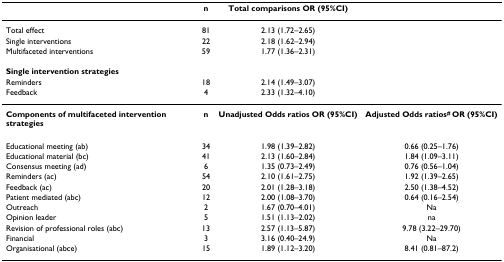
<table><thead><tr><td></td><td><b>n</b></td><td><b>Total comparisons OR (95%CI)</b></td><td></td></tr></thead><tbody><tr><td>Total effect</td><td>81</td><td>2.13 (1.72–2.65)</td><td></td></tr><tr><td>Single interventions</td><td>22</td><td>2.18 (1.62–2.94)</td><td></td></tr><tr><td>Multifaceted interventions</td><td>59</td><td>1.77 (1.36–2.31)</td><td></td></tr><tr><td><b>Single intervention strategies</b></td><td></td><td></td><td></td></tr><tr><td>Reminders</td><td>18</td><td>2.14 (1.49–3.07)</td><td></td></tr><tr><td>Feedback</td><td>4</td><td>2.33 (1.32–4.10)</td><td></td></tr><tr><td><b>Components of multifaceted intervention strategies</b></td><td><b>n</b></td><td><b>Unadjusted Odds ratios OR (95%CI)</b></td><td><b>Adjusted Odds ratios<sup># </sup>OR (95%CI)</b></td></tr><tr><td>Educational meeting (ab)</td><td>34</td><td>1.98 (1.39–2.82)</td><td>0.66 (0.25–1.76)</td></tr><tr><td>Educational material (bc)</td><td>41</td><td>2.13 (1.60–2.84)</td><td>1.84 (1.09–3.11)</td></tr><tr><td>Consensus meeting (ad)</td><td>6</td><td>1.35 (0.73–2.49)</td><td>0.76 (0.56–1.04)</td></tr><tr><td>Reminders (ac)</td><td>54</td><td>2.10 (1.61–2.75)</td><td>1.92 (1.39–2.65)</td></tr><tr><td>Feedback (ac)</td><td>20</td><td>2.01 (1.28–3.18)</td><td>2.50 (1.38–4.52)</td></tr><tr><td>Patient mediated (abc)</td><td>12</td><td>2.00 (1.08–3.70)</td><td>0.64 (0.16–2.54)</td></tr><tr><td>Outreach</td><td>2</td><td>1.67 (0.70–4.01)</td><td>Na</td></tr><tr><td>Opinion leader</td><td>5</td><td>1.51 (1.13–2.02)</td><td>na</td></tr><tr><td>Revision of professional roles (abc)</td><td>13</td><td>2.57 (1.13–5.87)</td><td>9.78 (3.22–29.70)</td></tr><tr><td>Financial</td><td>3</td><td>3.16 (0.40–24.9)</td><td>Na</td></tr><tr><td>Organisational (abce)</td><td>15</td><td>1.89 (1.12–3.20)</td><td>8.41 (0.81–87.2)</td></tr></tbody></table>